Indian journal of veterinary science and animal husbandry - Volume 2,
Year: 1932
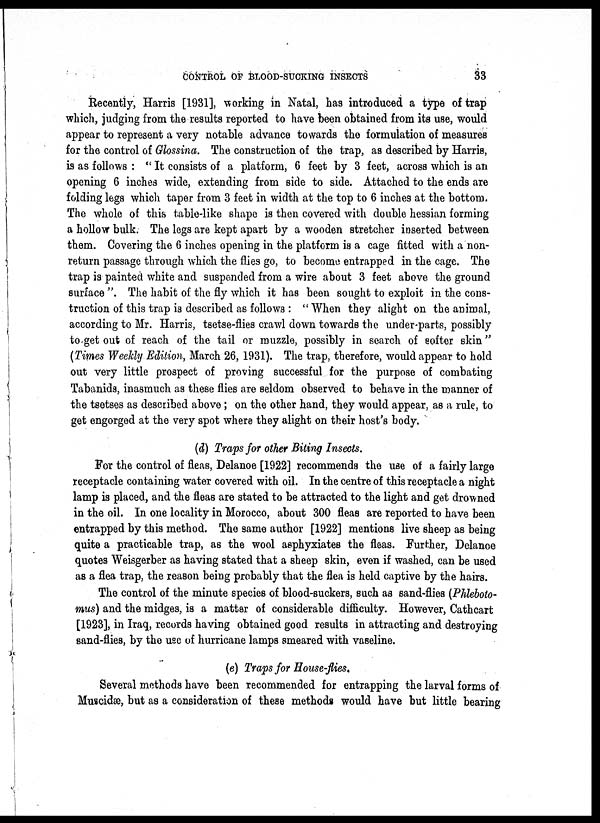
CONTROL OF BLOOD-SUCKING INSECTS
33
Recently, Harris [1931], working in Natal, has introduced a type of trap
which, judging from the results reported to have been obtained from its use, would
appear to represent a very notable advance towards the formulation of measures
for the control of Glossina. The construction of the trap, as described by Harris,
is as follows : "It consists of a platform, 6 feet by 3 feet, across which is an
opening 6 inches wide, extending from side to side. Attached to the ends are
folding legs which taper from 3 feet in width at the top to 6 inches at the bottom.
The whole of this table-like shape is then covered with double hessian forming
a hollow bulk. The legs are kept apart by a wooden stretcher inserted between
them. Covering the 6 inches opening in the platform is a cage fitted with a non-
return passage through which the flies go, to become entrapped in the cage. The
trap is painted white and suspended from a wire about 3 feet above the ground
surface ". The habit of the fly which it has been sought to exploit in the cons-
truction of this trap is described as follows : " When they alight on the animal,
according to Mr. Harris, tsetse-flies crawl down towards the under parts, possibly
to get out of reach of the tail or muzzle, possibly in search of softer skin"
(Times Weekly Edition, March 26, 1931). The trap, therefore, would appear to hold
out very little prospect of proving successful for the purpose of combating
Tabanids, inasmuch as these flies are seldom observed to behave in the manner of
the tsetses as described above ; on the other hand, they would appear, as a rule, to
get engorged at the very spot where they alight on their host's body.
(d) Traps for other Biting Insects.
For the control of fleas, Delanoe [1922] recommends the use of a fairly large
receptacle containing water covered with oil. In the centre of this receptacle a night
lamp is placed, and the fleas are stated to be attracted to the light and get drowned
in the oil. In one locality in Morocco, about 300 fleas are reported to have been
entrapped by this method. The same author [1922] mentions live sheep as being
quite a practicable trap, as the wool asphyxiates the fleas. Further, Delanoe
quotes Weisgerber as having stated that a sheep skin, even if washed, can be used
as a flea trap, the reason being probably that the flea is held captive by the hairs.
The control of the minute species of blood-suckers, such as sand-flies (Phleboto¬
mus) and the midges, is a matter of considerable difficulty. However, Cathcart
[1923], in Iraq, records having obtained good results in attracting and destroying
sand-flies, by the use of hurricane lamps smeared with vaseline.
(e) Traps for House-flies.
Several methods have been recommended for entrapping the larval forms of
Muscidæ, but as a consideration of these methods would have but little bearing